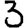
Digit: 3